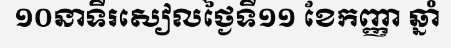
១០នាទីរសៀលថ្ងៃទី១១ ខែកញ្ញា ឆ្នាំ